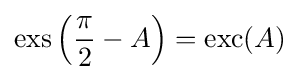
\operatorname {exs} \left({\frac {\pi }{2}}-A\right)=\operatorname {exc} (A)